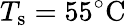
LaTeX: T_{\mathrm{s}}=55^{\circ}\mathrm{C}